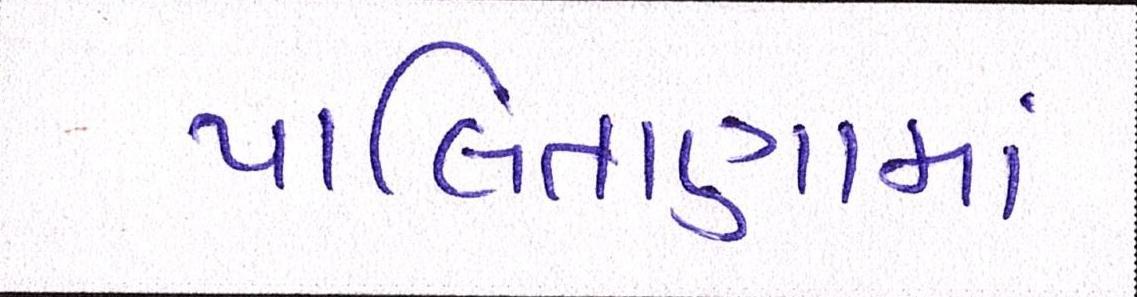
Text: પાલિતાણામાં